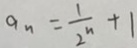
a _ { n } = \frac { 1 } { 2 ^ { n } } + 1